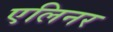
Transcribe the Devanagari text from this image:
एलिनर